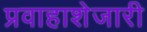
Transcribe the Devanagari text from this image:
प्रवाहाशेजारी